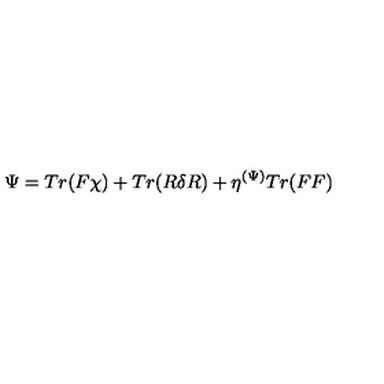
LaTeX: \Psi = T r ( F \chi ) + T r ( R \delta R ) + \eta ^ { ( \Psi ) } T r ( F F )